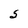
Character: S